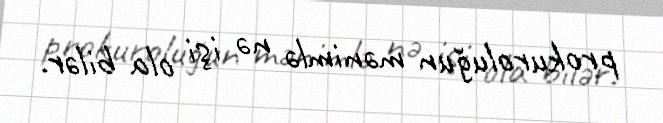
prokuroluğun mənimlə nə işi ola bilər.